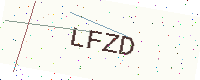
Text: LFZD